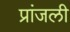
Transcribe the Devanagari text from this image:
प्रांजली